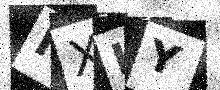
Text: IXKY